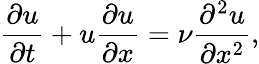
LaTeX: \frac{\partial u}{\partial t}+u\frac{\partial u}{\partial x}=\nu\frac{\partial^{2}u}{\partial x^{2}},